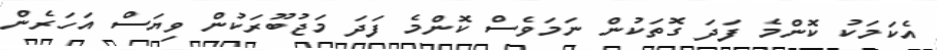
އެކަމަކު ކޮންމެ ފަދަ ގޮތަކުން ނަމަވެސް ކޮންމެ ފަދަ މަޖުބޫރަކުން ވިޔަސް އަހަރެން